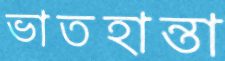
ভাতহান্তা